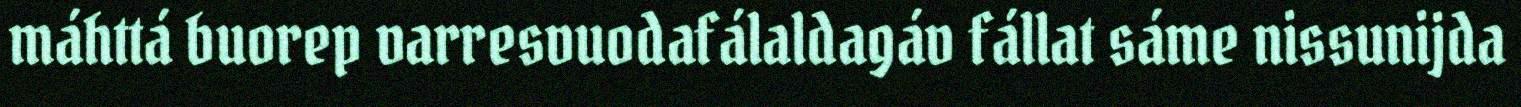
máhttá buorep varresvuodafálaldagáv fállat sáme nissunijda